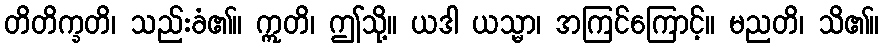
တိတိက္ခတိ၊ သည်းခံ၏။ ဣတိ၊ ဤသို့။ ယဒါ ယသ္မာ၊ အကြင်ကြောင့်။ မညတိ၊ သိ၏။